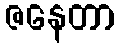
ဇနေတာ